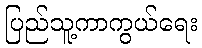
ပြည်သူ့ကာကွယ်ရေး